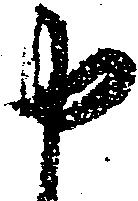
申